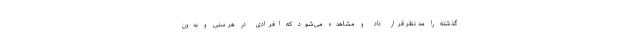
گذشته را مد نظر قرار داد و مشاهده می‌شود که افرادی در هر سنی و بدون